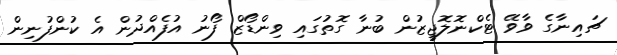
ޗައިނާގެ ވާވޭ ޓެކްނޮލޮޖީޒުން ބުނާ ގޮތުގައި ވިންޑޯޒް ފޯނު އުފެއްދުން އެ ކުންފުނިން